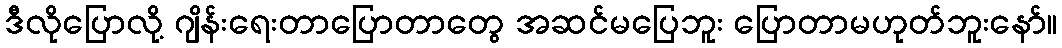
ဒီလိုပြောလို့ ဂျိန်းရေးတာပြောတာတွေ အဆင်မပြေဘူး ပြောတာမဟုတ်ဘူးနော်။